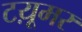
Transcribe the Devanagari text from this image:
टय़ूमर